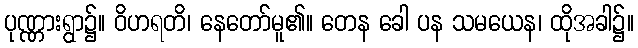
ပုဏ္ဏားရွာ၌။ ဝိဟရတိ၊ နေတော်မူ၏။ တေန ခေါ ပန သမယေန၊ ထိုအခါ၌။